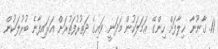
11. ޤާނޫނާ ޚިލާފަށް ހިންގޭ ޢަމަލަކުން މަދަނީ ވައިގެ ދަތުރުފަތުރަށް އަރައިފާނެ ބުރުލަކުން